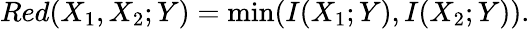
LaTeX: Red(X_{1},X_{2};Y)=\operatorname*{min}(I(X_{1};Y),I(X_{2};Y)).